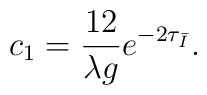
c_1 = \frac{12}{\lambda g} e^{-2\tau_{\bar{I}}}.